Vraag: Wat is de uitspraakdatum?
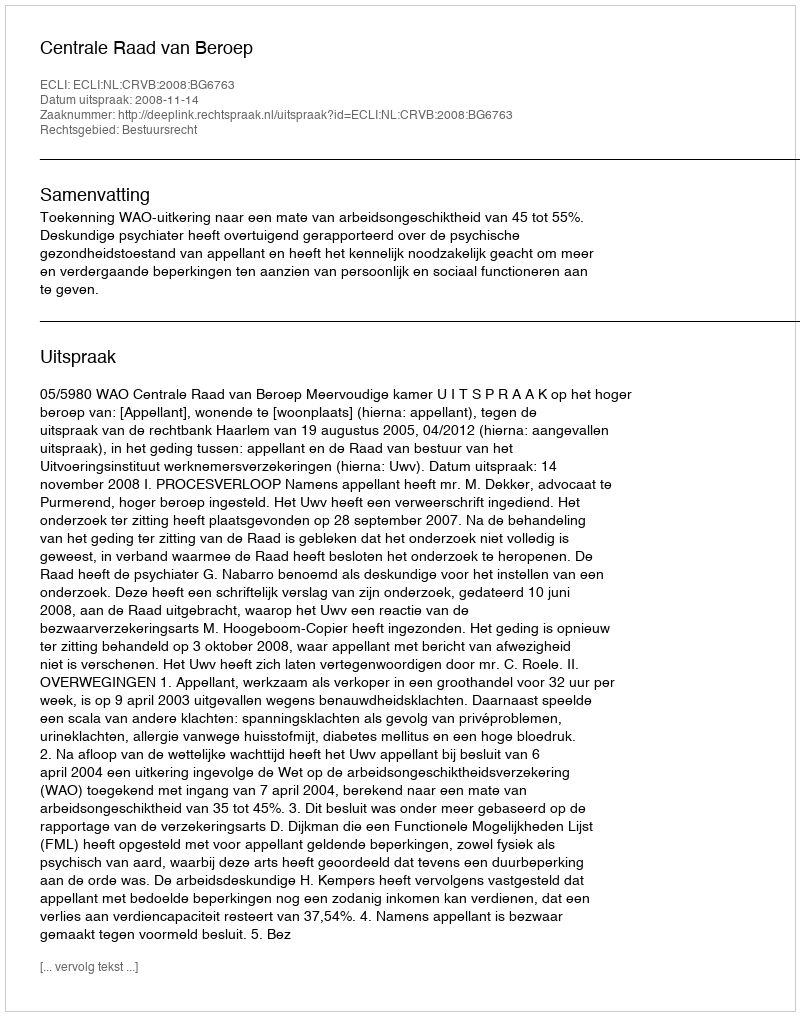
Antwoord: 2008-11-14